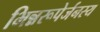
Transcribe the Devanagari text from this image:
भिन्नरूपेर्जनस्य